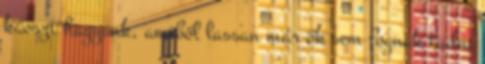
káoszt hagyunk, amiből lassan már ők sem fognak tudni